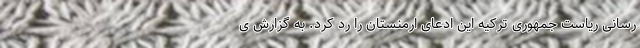
رسانی ریاست جمهوری ترکیه این ادعای ارمنستان را رد کرد. به گزارش ی